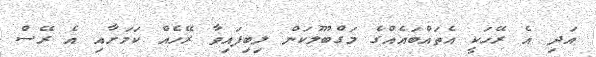
އަދި އެ ރޭހަކީ އެތައްބައެއްގެ މަގްބޫލުކަން ލިބިފައިވާ ރޭހެއް ކަމަށާއި އެ ރޭސް